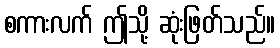
စကားလက် ဤသို့ ဆုံးဖြတ်သည်။